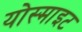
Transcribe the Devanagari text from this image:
योस्माइट